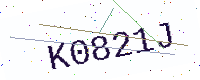
Text: K0821J